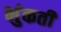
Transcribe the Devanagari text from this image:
भुंकती